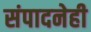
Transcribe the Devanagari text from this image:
संपादनेही